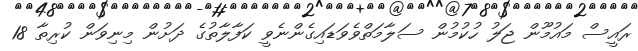
ރައީސް މައުމޫން ޖަލު ހުކުމުން ސަލާމަތްވެވަޑައިގެންނެވީ ކަފާލާތުގެ ދަށުން މިނިވަން ކުރިތާ 18